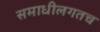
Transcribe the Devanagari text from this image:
समाधीलगतच